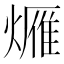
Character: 𤏚